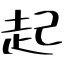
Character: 起